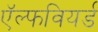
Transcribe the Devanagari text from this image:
ऍल्फवियर्ड